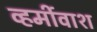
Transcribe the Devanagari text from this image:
व्हर्मीवाश